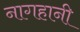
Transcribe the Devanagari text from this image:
नागहानी